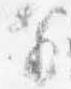
前